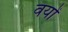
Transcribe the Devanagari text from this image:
वयों